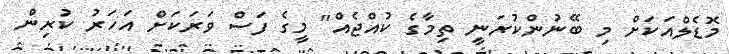
މޮޑެލްއަކަށް މި ބޭނުންކުރަނީ ތިމާގެ ކުއްޖެއް" މީގެ ފަސް ވަރަކަށް އަހަރު ކުރިން